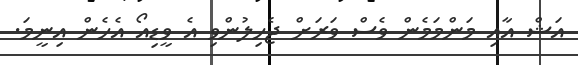
އަޝް އާއި މަންމަމެން ވެސް ވަރަށް ޖެހިލުންވި އެ ވީޑިއޯ އެހެން އިނީމަ.